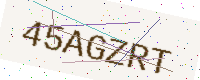
Text: 45AGZRT